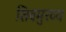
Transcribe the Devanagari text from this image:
शिवमुख्य